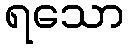
ရသော